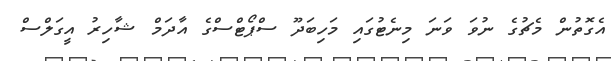
އެގޮތުން މެޗުގެ ނުވަ ވަނަ މިނެޓުގައި މަހިބަދޫ ސްޕޯޓްސްގެ އާދަމް ޝާހިރު އީގަލްސް